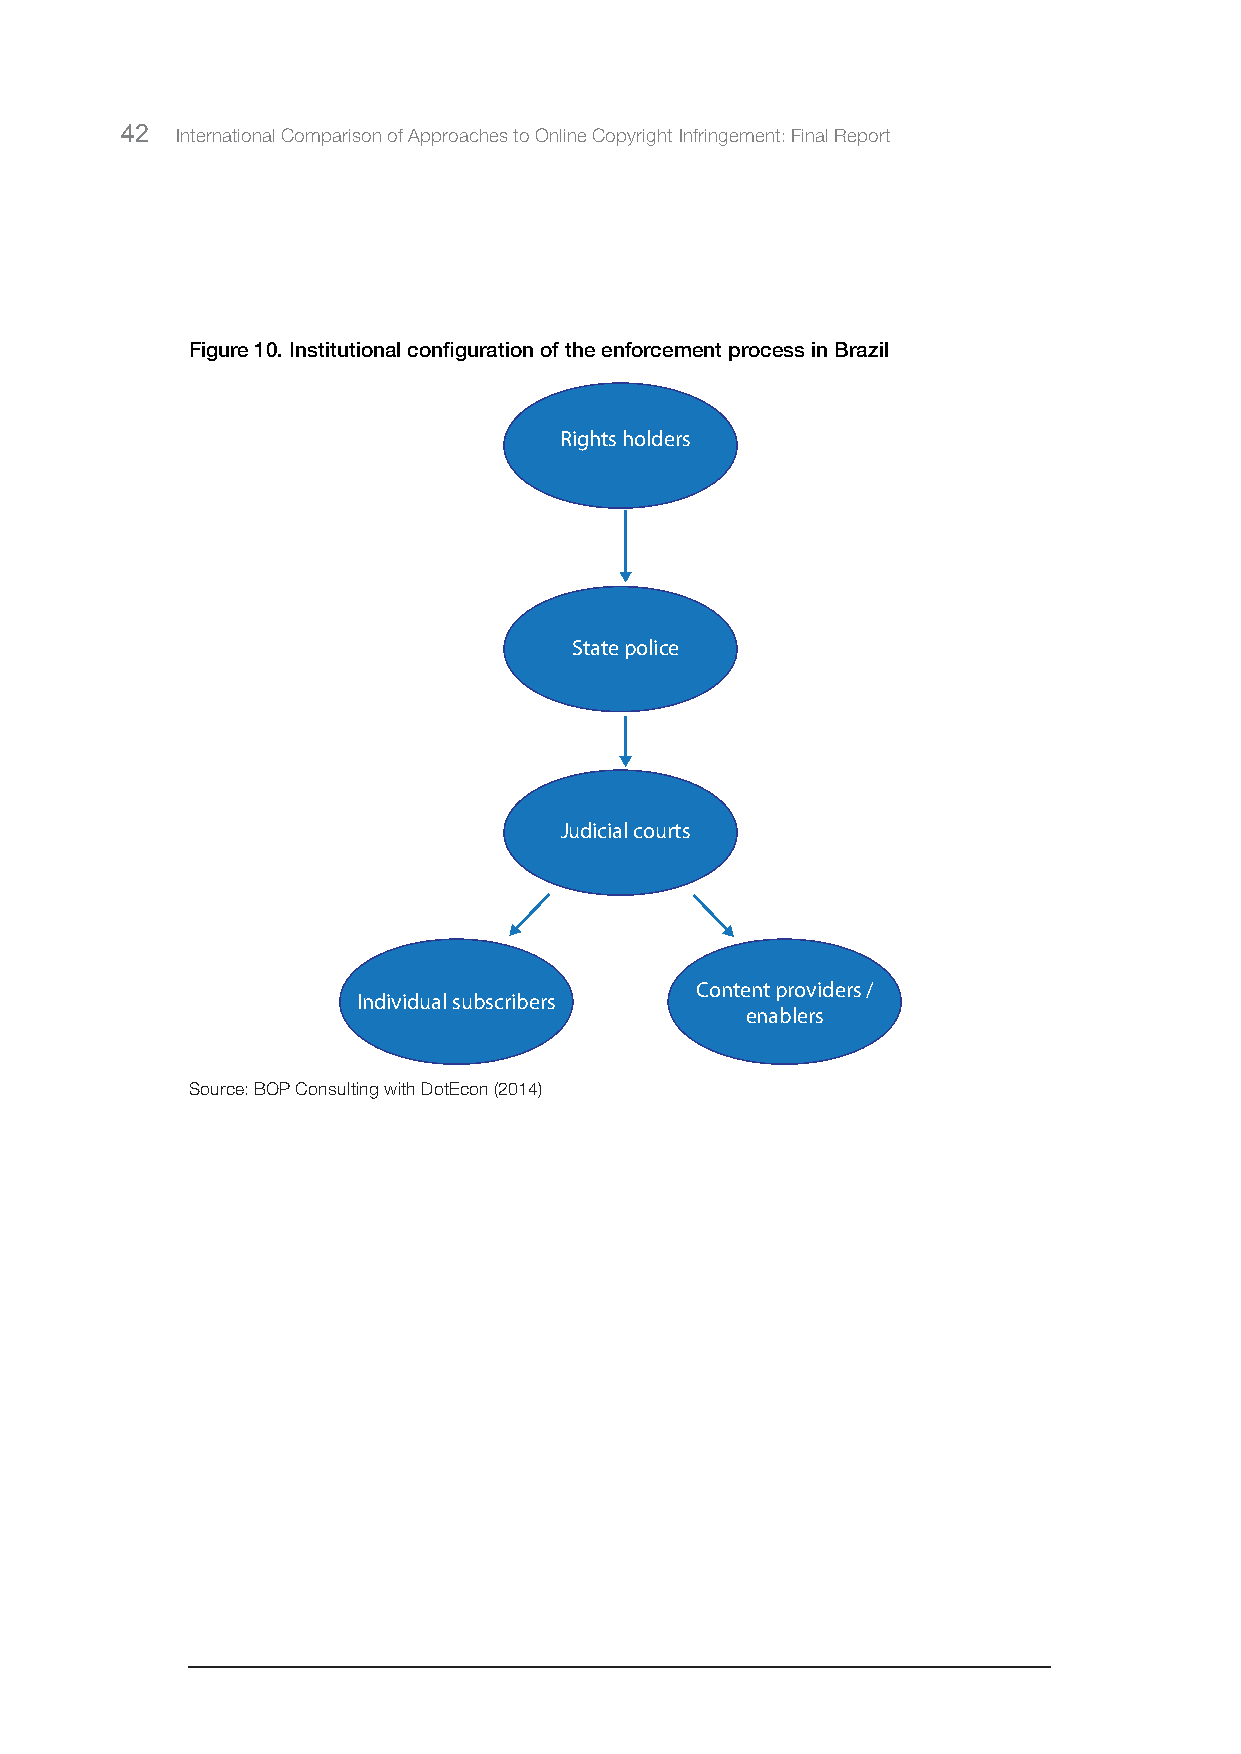
42  International Comparison of Approaches to Online Copyright Infringement: Final Report
 Figure 10. Institutional configuration of the enforcement process in Brazil
 Rights holders
 State police
 Judicial courts
 Content providers /
 Individual subscribers
 enablers
 Source: BOP Consulting with DotEcon (2014)